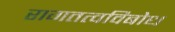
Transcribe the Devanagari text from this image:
रागतत्वविबोध